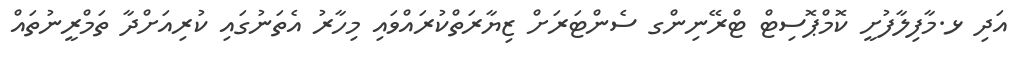
އަދި ޅ.މާފިލާފުށީ ކޮމްޕޮސިޓް ޓްރޭނިންގ ސެންޓަރަށް ޒިޔާރަތްކުރައްވައި މިހާރު އެތަނުގައި ކުރިއަށްދާ ތަމްރީނުތައް